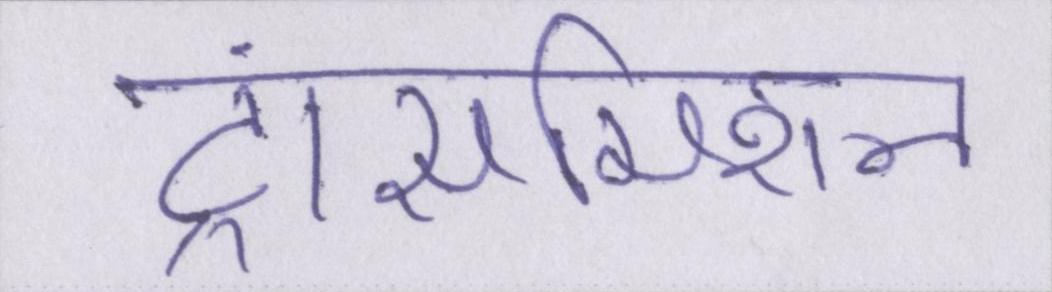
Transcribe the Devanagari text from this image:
ट्रांसमिशन